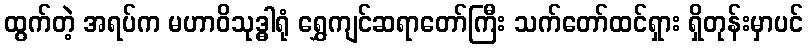
ထွက်တဲ့ အရပ်က မဟာဝိသုဒ္ဓါရုံ ရွှေကျင်ဆရာတော်ကြီး သက်တော်ထင်ရှား ရှိတုန်းမှာပင်